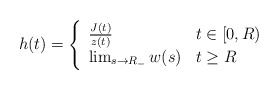
\begin{align*}h(t) = \left\{ \begin{array}{l l} \frac{J(t)}{z(t)} & t \in [0, R) \\ \lim_{s \to R_-} w(s) & t \geq R \end{array} \right.\end{align*}